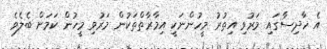
އެ ހާދިސާގައި މަރުވި އިތުރު މީހުންނަކީ އިމާރާތްތަކުން މަރުވި މީހުން ކަމަށް ބެލެވެ